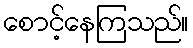
စောင့်နေကြသည်။